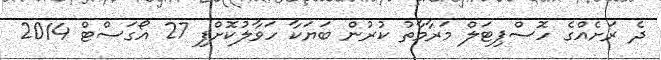
ދެ ރަށެއްގެ ހޮސްޕިޓަލް މަރާމާތު ކުރުން ބަޔަކާ ހަވާލުކޮށްފި 27 އޯގަސްޓް 2014